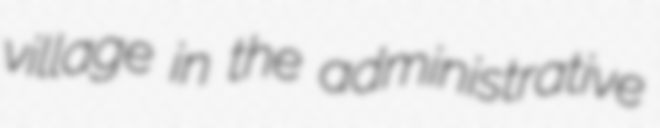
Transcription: village in the administrative